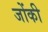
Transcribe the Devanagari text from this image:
जोंकी